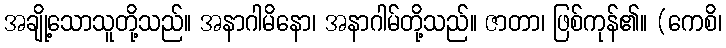
အချို့သောသူတို့သည်။ အနာဂါမိနော၊ အနာဂါမ်တို့သည်။ ဇာတာ၊ ဖြစ်ကုန်၏။ (ကေစိ၊